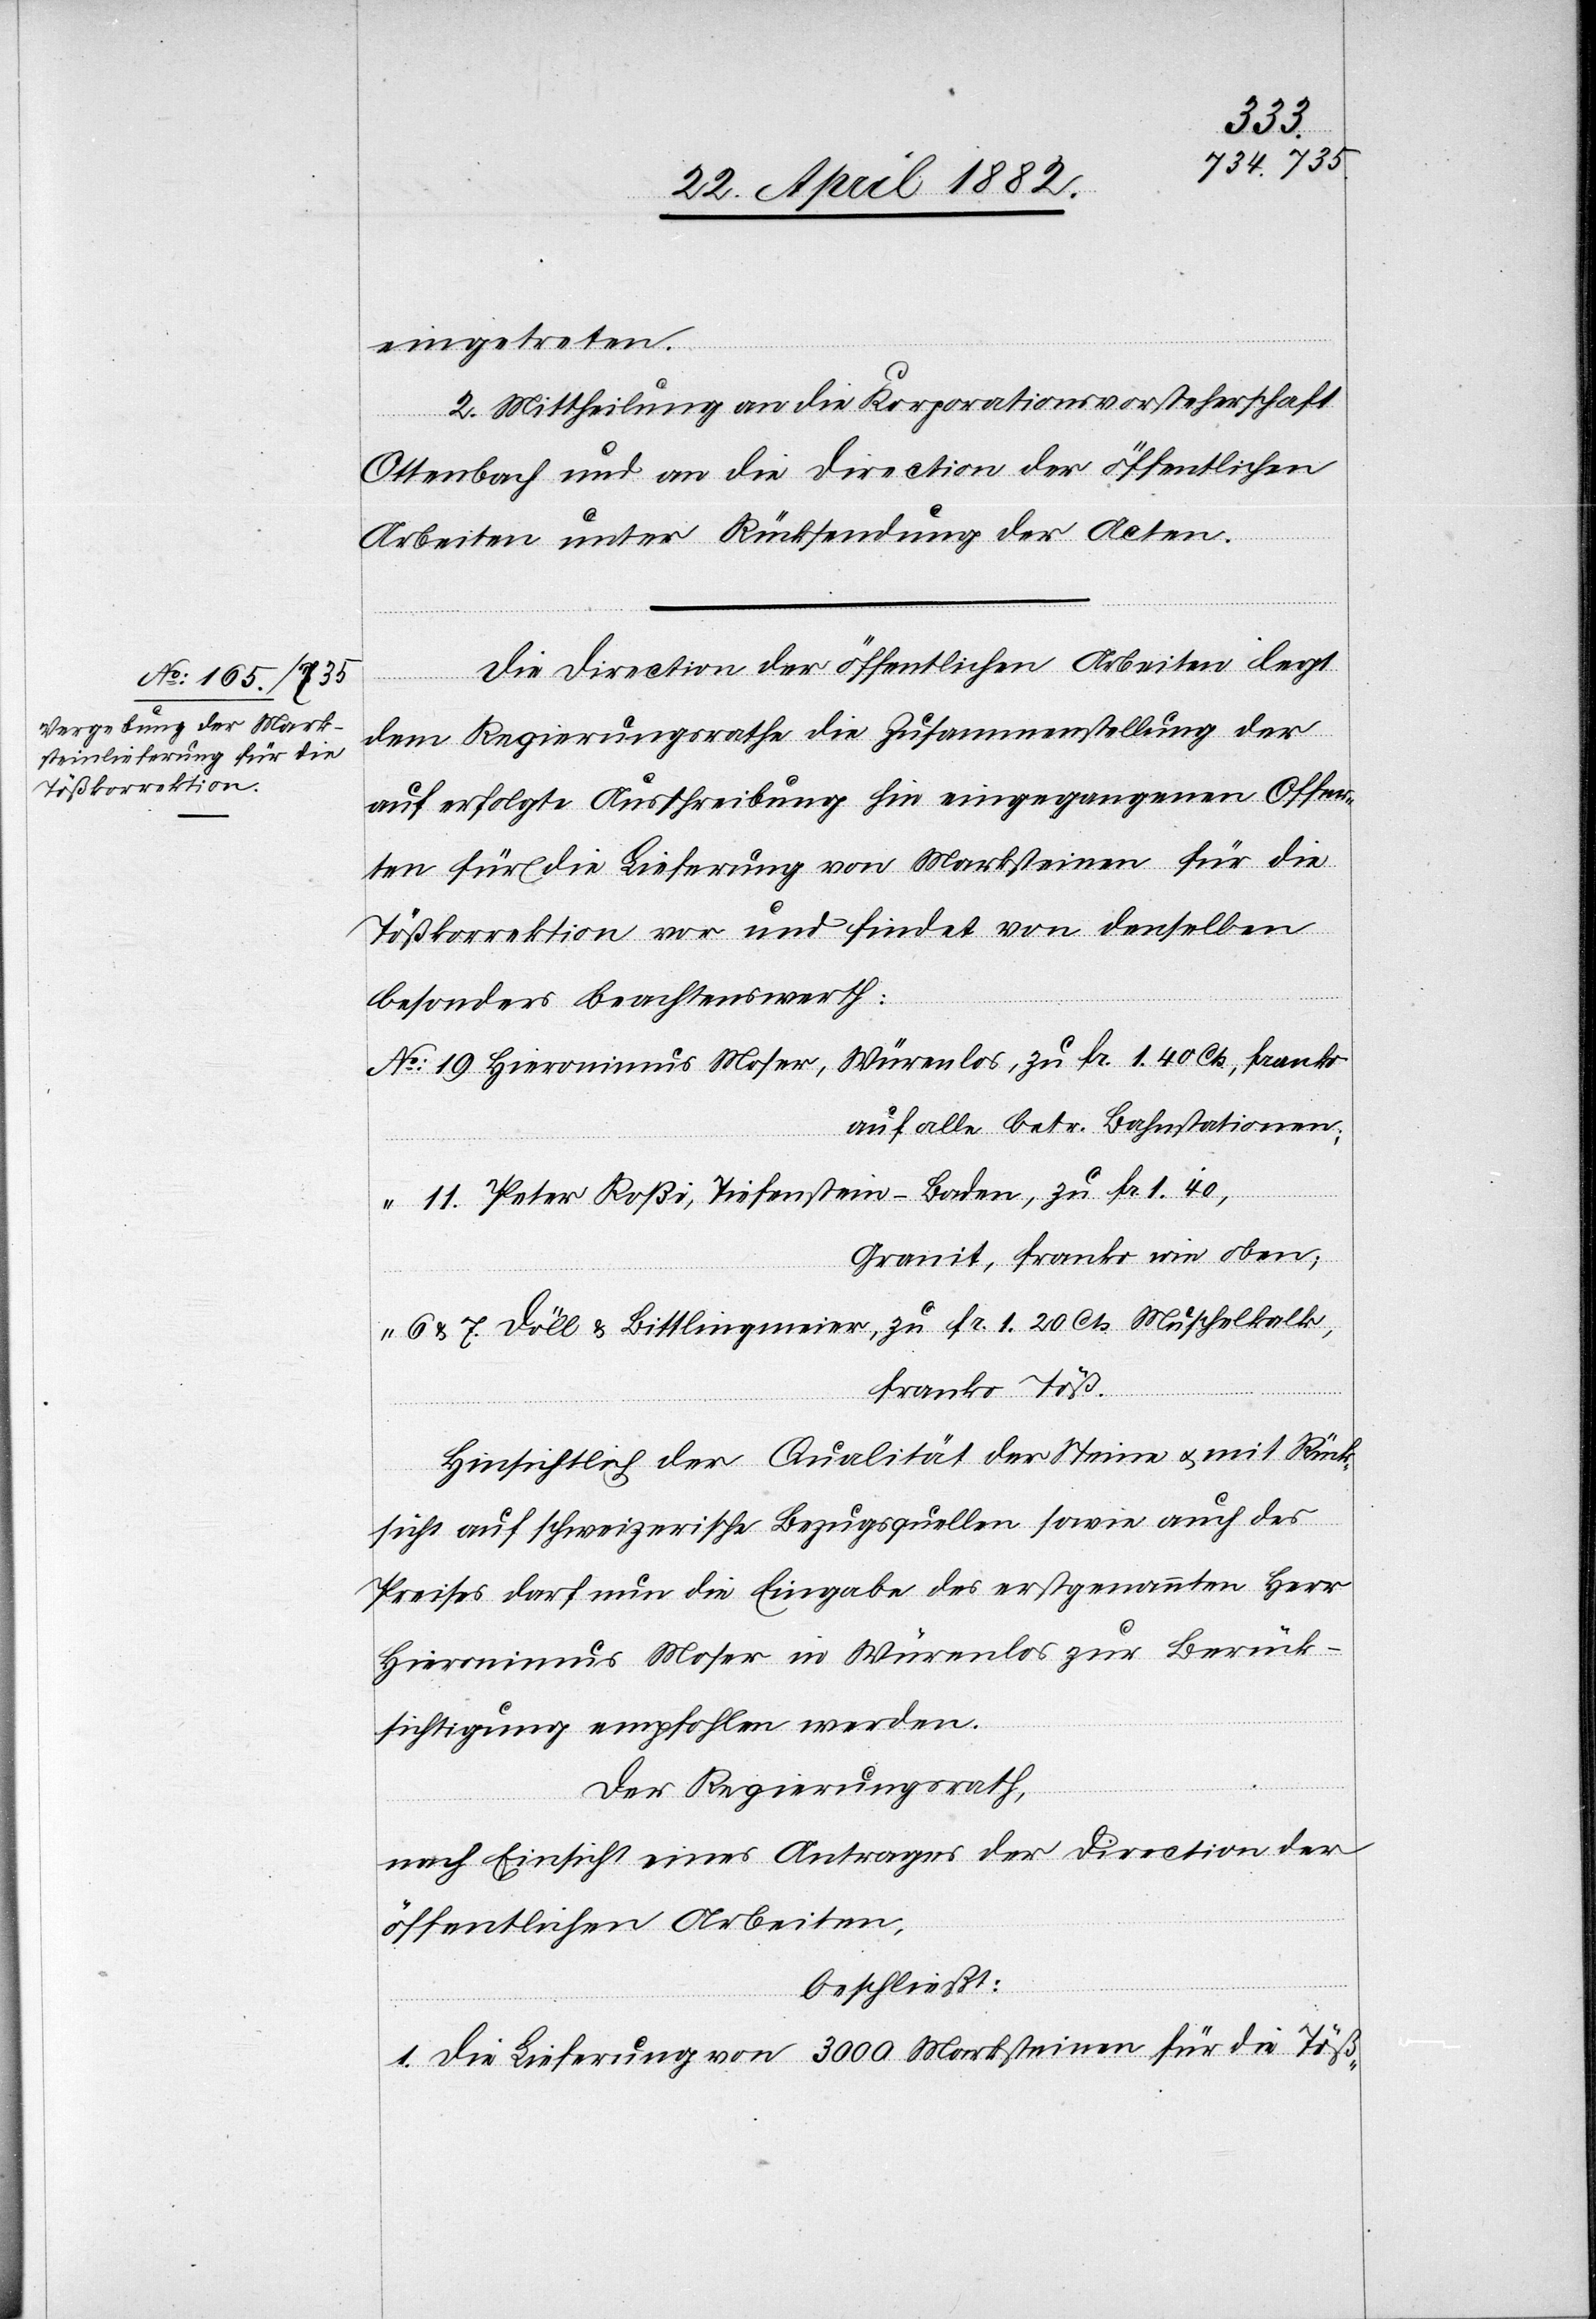
eingetreten.
2. Mittheilung an die Korporationsvorsteherschaft
Ottenbach und an die Direction der öffentlichen
Arbeiten unter Rücksendung der Acten.
Die Direction der öffentlichen Arbeiten legt
dem Regierungsrathe die Zusammenstellung der
auf erfolgte Ausschreibung hin eingegangenen Offer¬
ten für die Lieferung von Marksteinen für die
Tößkorrektion vor und findet von denselben
besonders beachtenswerth:
No 16. Hieronimus Moser, Würenlos, zu Fr. 1.40 Cts., franko
auf alle betr. Bahnstationen;
“ 11. Peter Roßi, Tiefenstein - Baden, zu Fr. 1.40,
Granit, franko wie oben;
“ 6 & 7. Döll & Bittlingmeier, zu Fr. 1.20 Cts. Muschelkalk,
franko Töß.
Hinsichtlich der Qualität der Steine u. mit Rück¬
sicht auf schweizerische Bezugsquellen sowie auch des
Preises darf nun die Eingabe des erstgenannten Herr
Hieronimus Moser in Würenlos zur Berück¬
sichtigung empfohlen werden.
Der Regierungsrath,
nach Einsicht eines Antrages der Direction der
öffentlichen Arbeiten,
beschließt:
1. Die Lieferung von 3000 Marksteinen für die Töß-